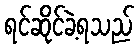
ရင်ဆိုင်ခဲ့ရသည်